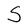
Character: S